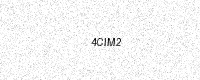
Text: 4CIM2